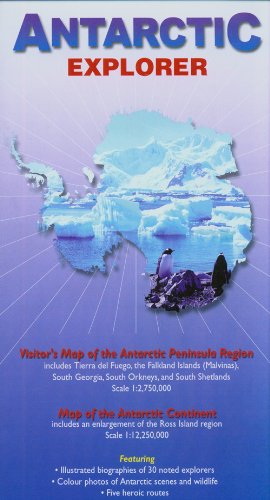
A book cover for Antarctic Explorer Map; (Ocean Explorer Maps); Ocean Explorer Maps; Travel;